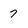
Character: 7